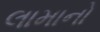
લામાનો